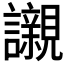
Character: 𧭼